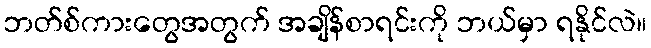
ဘတ်စ်ကားတွေအတွက် အချိန်စာရင်းကို ဘယ်မှာ ရနိုင်လဲ။